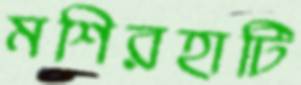
মশিরহাটি